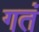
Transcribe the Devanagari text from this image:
गतं